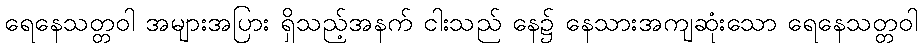
ရေနေသတ္တဝါ အများအပြား ရှိသည့်အနက် ငါးသည် နေ၌ နေသားအကျဆုံးသော ရေနေသတ္တဝါ